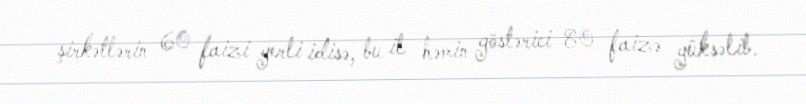
şirkətlərin 60 faizi yerli idisə, bu il həmin göstərici 80 faizə yüksəlib.